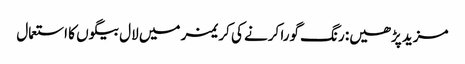
مزید پڑھیں: رنگ گورا کرنے کی کریمز میں لال بیگوں کا استعمال